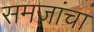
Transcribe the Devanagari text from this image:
समजांचा